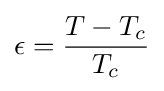
\epsilon ={\frac {T-T_{c}}{T_{c}}}